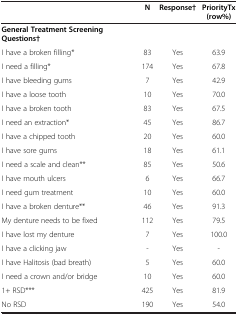
<table><thead><tr><td><b> </b></td><td><b>N</b></td><td><b>Response†</b></td><td><b>PriorityTx (row%)</b></td></tr></thead><tbody><tr><td><b>General Treatment Screening Questions†</b></td><td> </td><td> </td><td> </td></tr><tr><td>I have a broken filling*</td><td>83</td><td>Yes</td><td>63.9</td></tr><tr><td>I need a filling*</td><td>174</td><td>Yes</td><td>67.8</td></tr><tr><td>I have bleeding gums</td><td>7</td><td>Yes</td><td>42.9</td></tr><tr><td>I have a loose tooth</td><td>10</td><td>Yes</td><td>70.0</td></tr><tr><td>I have a broken tooth</td><td>83</td><td>Yes</td><td>67.5</td></tr><tr><td>I need an extraction*</td><td>45</td><td>Yes</td><td>86.7</td></tr><tr><td>I have a chipped tooth</td><td>20</td><td>Yes</td><td>60.0</td></tr><tr><td>I have sore gums</td><td>18</td><td>Yes</td><td>61.1</td></tr><tr><td>I need a scale and clean**</td><td>85</td><td>Yes</td><td>50.6</td></tr><tr><td>I have mouth ulcers</td><td>6</td><td>Yes</td><td>66.7</td></tr><tr><td>I need gum treatment</td><td>10</td><td>Yes</td><td>60.0</td></tr><tr><td>I have a broken denture**</td><td>46</td><td>Yes</td><td>91.3</td></tr><tr><td>My denture needs to be fixed</td><td>112</td><td>Yes</td><td>79.5</td></tr><tr><td>I have lost my denture</td><td>7</td><td>Yes</td><td>100.0</td></tr><tr><td>I have a clicking jaw</td><td>-</td><td>Yes</td><td>-</td></tr><tr><td>I have Halitosis (bad breath)</td><td>5</td><td>Yes</td><td>60.0</td></tr><tr><td>I need a crown and/or bridge</td><td>10</td><td>Yes</td><td>60.0</td></tr><tr><td>1+ RSD***</td><td>425</td><td>Yes</td><td>81.9</td></tr><tr><td>No RSD</td><td>190</td><td>Yes</td><td>54.0</td></tr></tbody></table>